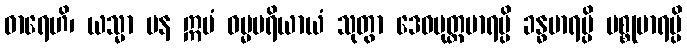
ဓာရေဟိ၊ ယသ္မာ ပန ဣမံ ဓမ္မပရိယာယံ သုတွာ ဒေဝပုတ္တမာရမ္ပိ ခန္ဓမာရမ္ပိ မစ္စုမာရမ္ပိ